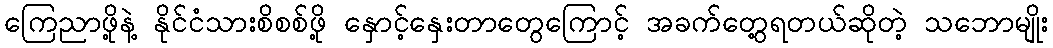
ကြေညာဖို့နဲ့ နိုင်ငံသားစိစစ်ဖို့ နှောင့်နှေးတာတွေကြောင့် အခက်တွေ့ရတယ်ဆိုတဲ့ သဘောမျိုး